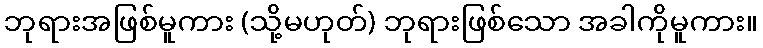
ဘုရားအဖြစ်မူကား (သို့မဟုတ်) ဘုရားဖြစ်သော အခါကိုမူကား။